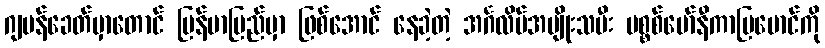
ဂျပန်ခေတ်မှာတောင် မြန်မာပြည်မှာ ဖြစ်အောင် နေခဲ့တဲ့ အင်္ဂလိပ်အမျိုးသမီး မစ္စစ်မော်နီကာမြမောင်ကို